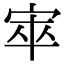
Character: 𡨔